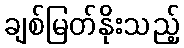
ချစ်မြတ်နိုးသည့်